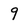
Character: 9